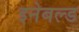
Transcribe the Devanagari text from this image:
इनेबल्ड